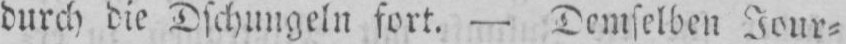
durch die Dschungeln fort. - Demselben Jour⸗